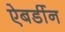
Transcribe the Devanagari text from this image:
ऐबर्डीन